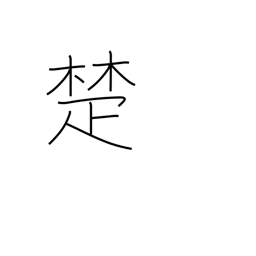
Meaning: cane